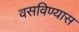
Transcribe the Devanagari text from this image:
वसविण्यास